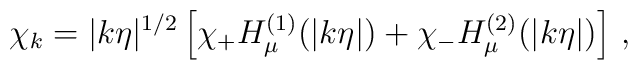
\chi_k =  |k\eta|^{1/2} \left[   \chi_+ H_\mu^{(1)}(|k\eta|) + \chi_- H_\mu^{(2)}(|k\eta|)  \right] \, ,